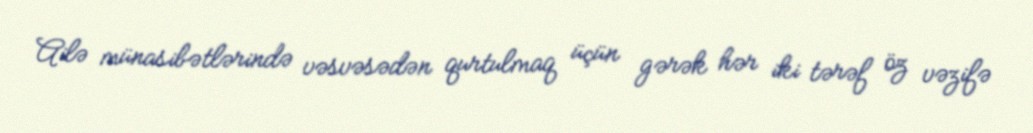
Ailə münasibətlərində vəsvəsədən qurtulmaq üçün gərək hər iki tərəf öz vəzifə